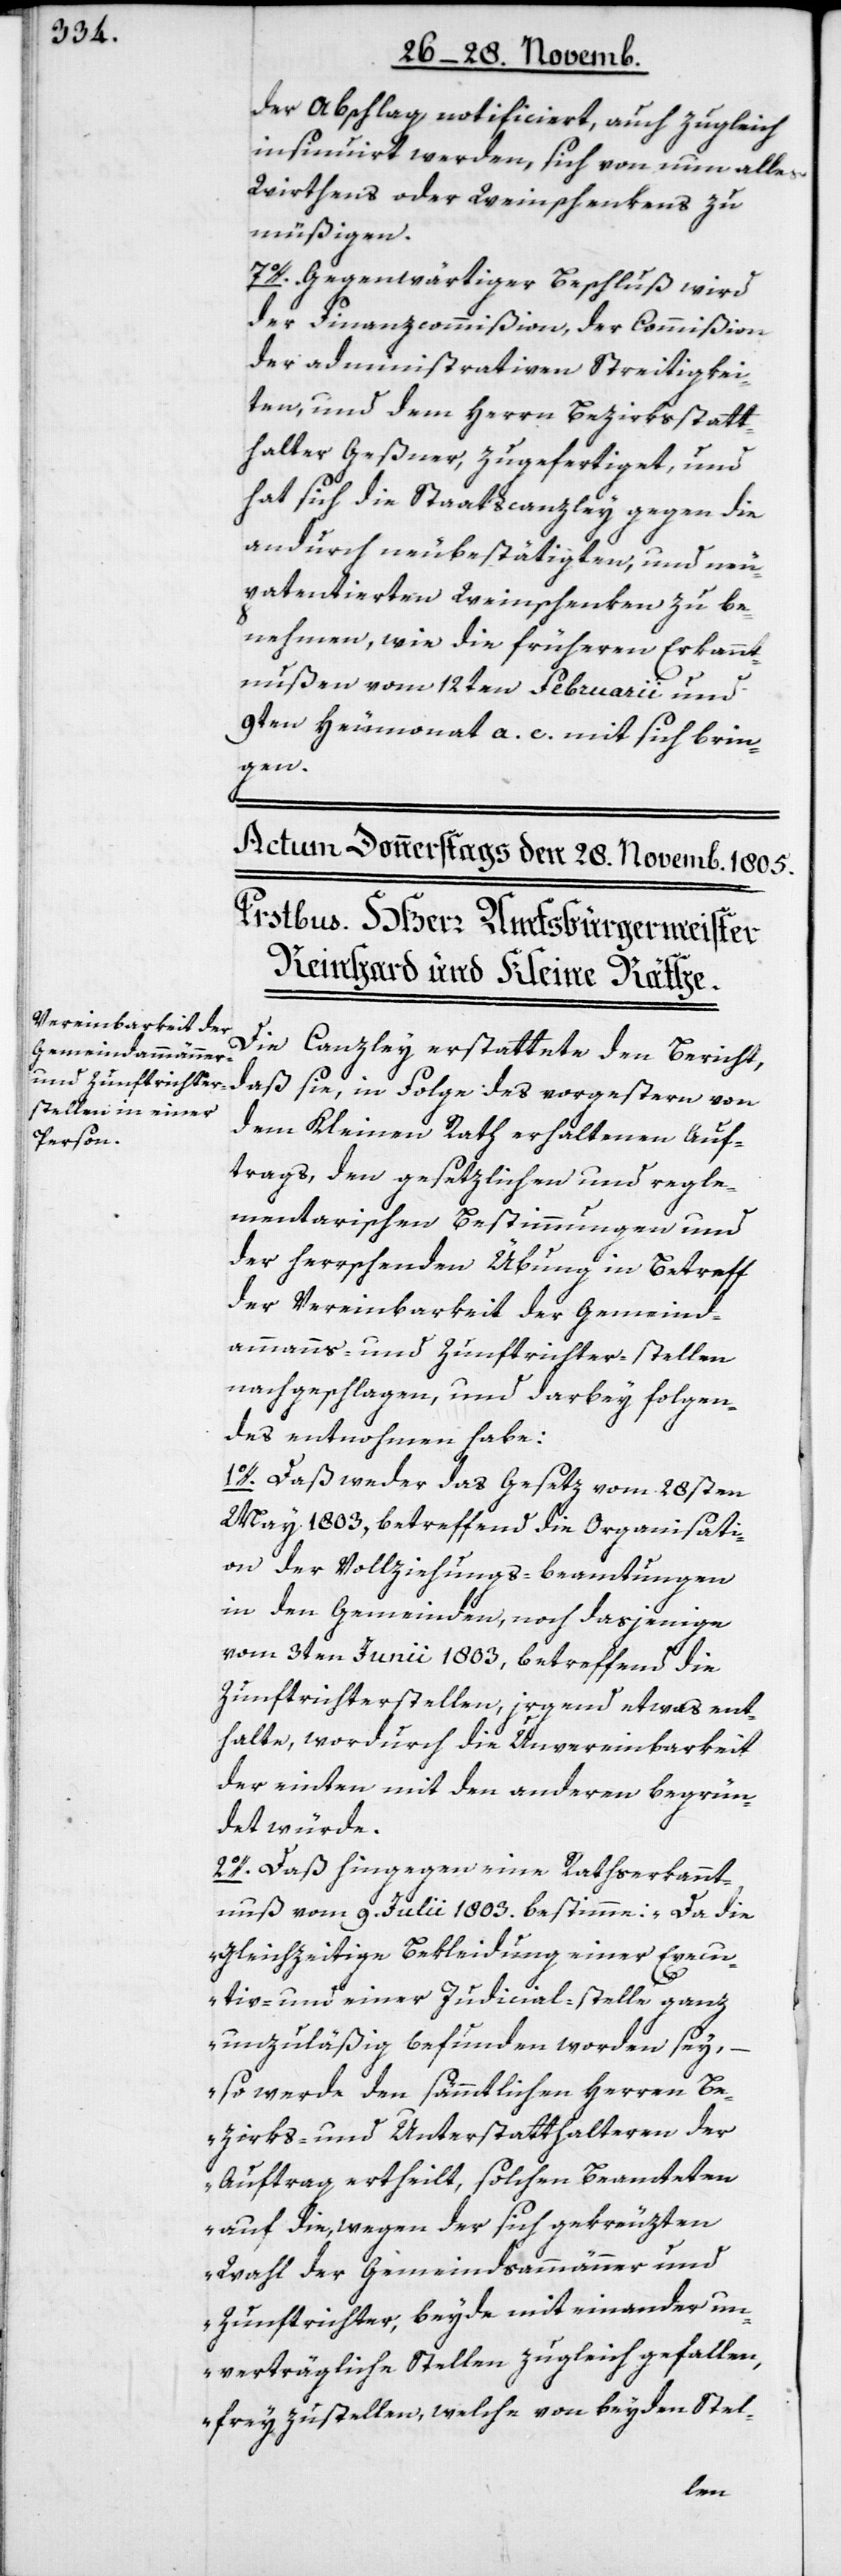
der Abschlag notificiert, auch zugleich
insinuiert werden, sich von nun alles
Wirthens oder Weinschenkens zu
müßigen.
7o. Gegenwärtiger Beschluß wird
der Finanzcommißion, der Commißion
der administrativen Streitigkei¬
ten und dem Herrn Bezirksstatt¬
halter Geßner zugefertiget, und
hat sich die Staatscanzley gegen die
andurch neubestätigten und neu
patentierten Weinschenken zu be¬
nehmen, wie die früheren Erkannt¬
nußen vom 12ten Februarii und
9ten Heumonat a. c. mit sich brin¬
gen.
Die Canzley erstattete den Bericht,
daß sie, in Folge des vorgestern von
dem Kleinen Rath erhaltenen Auf¬
trags, den gesetzlichen und regle¬
mentarischen Bestimmungen und
der herrschenden Übung in Betreff
der Vereinbarkeit der Gemeind¬
ammanns- und Zunftrichter-stellen
nachgeschlagen und darbey folgen¬
des entnohmen habe:
1o. Daß weder das Gesetz vom 28sten
May 1803, betreffend die Organisati¬
on der Vollziehungs-beamtungen
in den Gemeinden, noch dasjenige
vom 3ten Junii 1803, betreffend die
Zunftrichterstellen, irgend etwas ent¬
halte, wordurch die Unvereinbarkeit
der einten mit den anderen begrün¬
det würde.
2o. Daß hingegen eine Rathserkannt¬
nuß vom 9. Julii 1803. bestimme: „Da die
gleichzeitige Bekleidung einer Execu¬
tiv- und einer Judicial-stelle ganz
unzuläßig befunden worden sey,
so werde den sämmtlichen Herren Be¬
zirks- und Unterstatthalteren der
Auftrag ertheilt, solchen Beamteten
auf die, wegen der sich gekreuzten
Wahl der Gemeindsammänner und
Zunftrichter, beyde miteinander un¬
verträgliche Stellen zugleich gefallen,
frey zustellen, welche von beyden Stel-